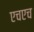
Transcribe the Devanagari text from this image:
एचएच